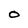
Character: O